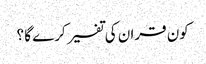
کون قران کی تفسیر کرے گا ؟